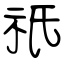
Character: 祇